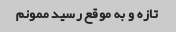
تازه و به موقع رسید ممونم